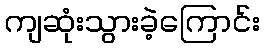
ကျဆုံးသွားခဲ့ကြောင်း